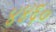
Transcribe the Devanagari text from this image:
४४६०